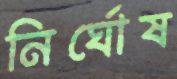
নির্ঘোষ